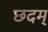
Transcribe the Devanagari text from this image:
छदम्